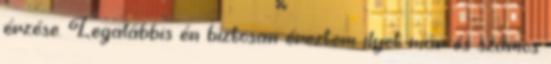
érzése. Legalábbis én biztosan éreztem ilyet már és számos